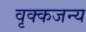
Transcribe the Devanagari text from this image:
वृक्कजन्य